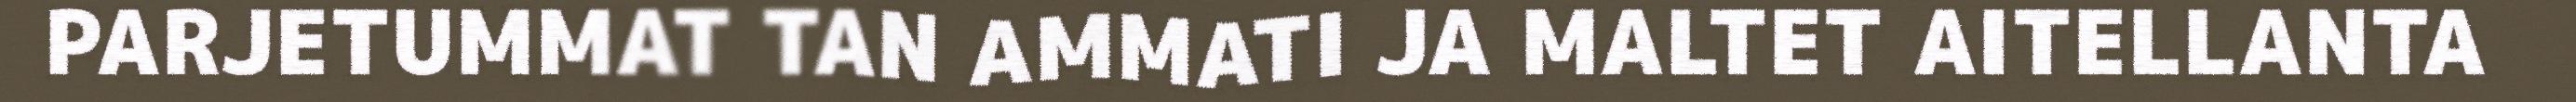
PARJETUMMAT TAN AMMATI JA MALTET AITELLANTA